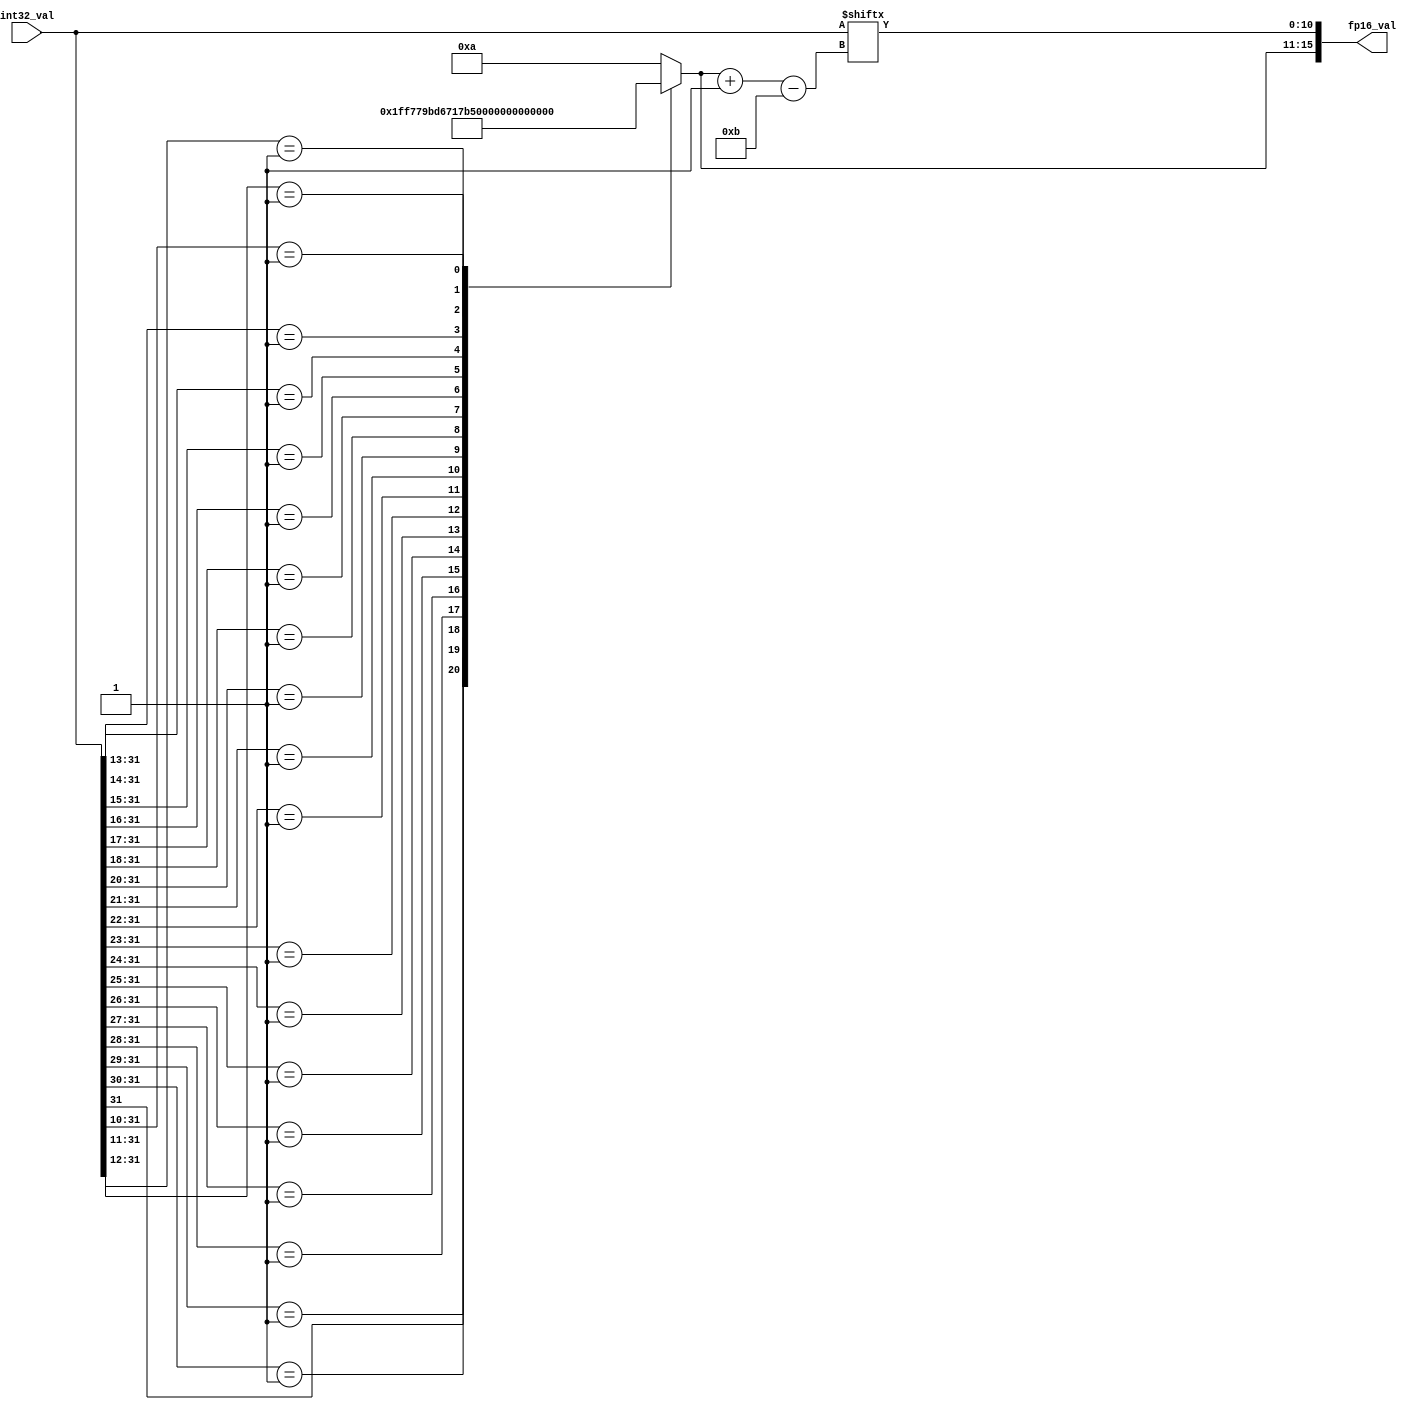
// transfer the INT32 value from Sobol to FP16
// modified FP16 scheme: 5 bits for exponent and 11 bits for mantissa (no sign bit since there are only positive values)
// exponent: the bit of the most significant one (be 10 if MSO <= 10)
// mantissa: counting 12 bits starting from exponent 
module INT32_to_FP16(
    input  [31:0] int32_val,
    output [15:0] fp16_val
);

// ========== parameters ==============
integer i;
// ========== wire and reg ============
wire  [4:0] exponent;
wire [10:0] mantissa;
// most significant one
reg   [4:0] MSO;

// ========== assignments =============
assign fp16_val = {exponent, mantissa};

assign exponent = MSO;
assign mantissa = int32_val[MSO -: 11];

// ========== Combinational ===========
always @(*) begin
    // MSO = 11;
    // for (i=12; i<32; i=i+1) begin
    //     if (int32_val[i] == 1) MSO = i;
    // end

    casex (int32_val)
        32'b1xxxxxxxxxxxxxxxxxxxxxxxxxxxxxxx: MSO = 5'd31;
        32'b01xxxxxxxxxxxxxxxxxxxxxxxxxxxxxx: MSO = 5'd30;
        32'b001xxxxxxxxxxxxxxxxxxxxxxxxxxxxx: MSO = 5'd29;
        32'b0001xxxxxxxxxxxxxxxxxxxxxxxxxxxx: MSO = 5'd28;
        32'b00001xxxxxxxxxxxxxxxxxxxxxxxxxxx: MSO = 5'd27;
        32'b000001xxxxxxxxxxxxxxxxxxxxxxxxxx: MSO = 5'd26;
        32'b0000001xxxxxxxxxxxxxxxxxxxxxxxxx: MSO = 5'd25;
        32'b00000001xxxxxxxxxxxxxxxxxxxxxxxx: MSO = 5'd24;
        32'b000000001xxxxxxxxxxxxxxxxxxxxxxx: MSO = 5'd23;
        32'b0000000001xxxxxxxxxxxxxxxxxxxxxx: MSO = 5'd22;
        32'b00000000001xxxxxxxxxxxxxxxxxxxxx: MSO = 5'd21;
        32'b000000000001xxxxxxxxxxxxxxxxxxxx: MSO = 5'd20;
        32'b00000000000001xxxxxxxxxxxxxxxxxx: MSO = 5'd19;
        32'b000000000000001xxxxxxxxxxxxxxxxx: MSO = 5'd18;
        32'b0000000000000001xxxxxxxxxxxxxxxx: MSO = 5'd17;
        32'b00000000000000001xxxxxxxxxxxxxxx: MSO = 5'd16;
        32'b000000000000000001xxxxxxxxxxxxxx: MSO = 5'd15;
        32'b0000000000000000001xxxxxxxxxxxxx: MSO = 5'd14;
        32'b00000000000000000001xxxxxxxxxxxx: MSO = 5'd13;
        32'b000000000000000000001xxxxxxxxxxx: MSO = 5'd12;
        32'b0000000000000000000001xxxxxxxxxx: MSO = 5'd11;
        default: MSO = 5'd10;
    endcase
end


endmodule